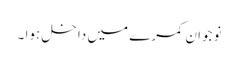
نوجوان کمرے میں داخل ہوا ۔